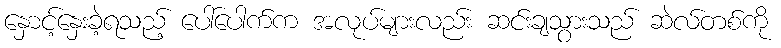
နှောင့်နှေးခဲ့ရသည့် ပေါ်ပေါက်က အလုပ်များလည်း ဆင်းချသွားသည် ဆဲလ်တစ်ကို